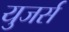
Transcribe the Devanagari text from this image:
युजर्स